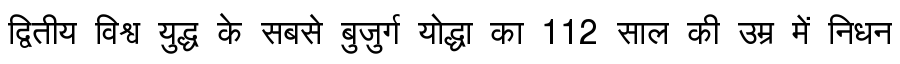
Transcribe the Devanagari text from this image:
द्वितीय विश्व युद्ध के सबसे बुजुर्ग योद्धा का 112 साल की उम्र में निधन